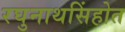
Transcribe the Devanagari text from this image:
रघुनाथसिंहोत